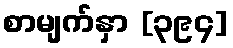
စာမျက်နှာ [၃၉၄]